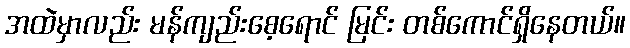
အထဲမှာလည်း မန်ကျည်းစေ့ရောင် မြင်း တစ်ကောင်ရှိနေတယ်။